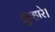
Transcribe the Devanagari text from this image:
तुम्हारे।